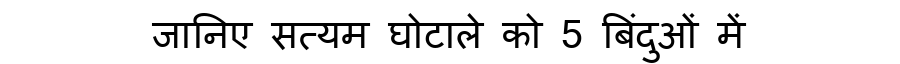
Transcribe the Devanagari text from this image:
जानिए सत्यम घोटाले को 5 बिंदुओं में